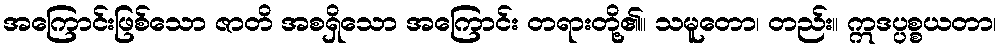
အကြောင်းဖြစ်သော ဇာတိ အစရှိသော အကြောင်း တရားတို့၏။ သမူတော၊ တည်း။ ဣဒပ္ပစ္စယတာ၊